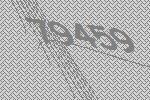
79459